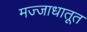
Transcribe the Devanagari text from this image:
मज्जाधातूत